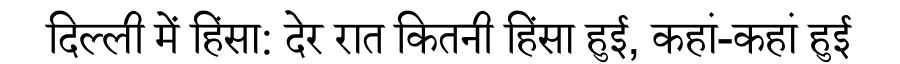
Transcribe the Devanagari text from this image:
दिल्ली में हिंसा: देर रात कितनी हिंसा हुई, कहां-कहां हुई